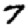
Digit: 7